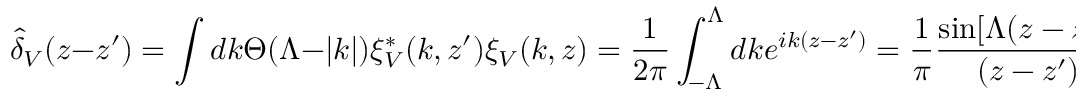
\hat { \delta } _ { V } ( z - z ^ { \prime } ) = \int d k \Theta ( \Lambda - | k | ) \xi _ { V } ^ { * } ( k , z ^ { \prime } ) \xi _ { V } ( k , z ) = \frac { 1 } { 2 \pi } \int _ { - \Lambda } ^ { \Lambda } d k e ^ { i k ( z - z ^ { \prime } ) } = \frac { 1 } { \pi } \frac { \sin [ \Lambda ( z - z ^ { \prime } ) ] } { ( z - z ^ { \prime } ) }